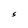
Character: S